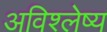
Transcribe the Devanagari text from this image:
अविश्लेष्य